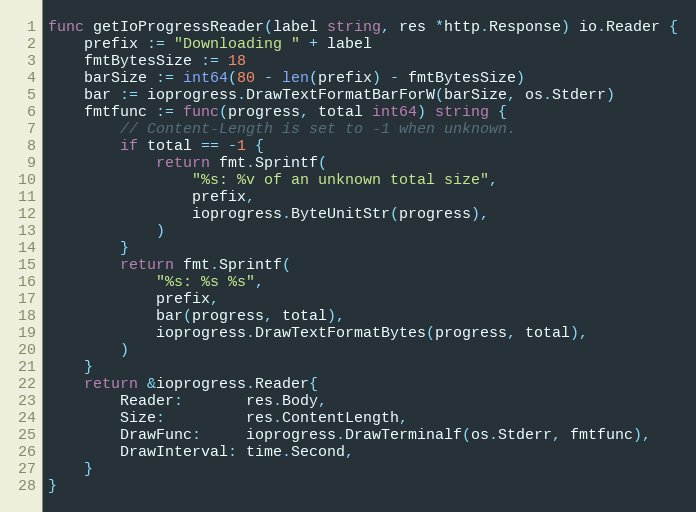
Language: Go
func getIoProgressReader(label string, res *http.Response) io.Reader {
	prefix := "Downloading " + label
	fmtBytesSize := 18
	barSize := int64(80 - len(prefix) - fmtBytesSize)
	bar := ioprogress.DrawTextFormatBarForW(barSize, os.Stderr)
	fmtfunc := func(progress, total int64) string {
		// Content-Length is set to -1 when unknown.
		if total == -1 {
			return fmt.Sprintf(
				"%s: %v of an unknown total size",
				prefix,
				ioprogress.ByteUnitStr(progress),
			)
		}
		return fmt.Sprintf(
			"%s: %s %s",
			prefix,
			bar(progress, total),
			ioprogress.DrawTextFormatBytes(progress, total),
		)
	}
	return &ioprogress.Reader{
		Reader:       res.Body,
		Size:         res.ContentLength,
		DrawFunc:     ioprogress.DrawTerminalf(os.Stderr, fmtfunc),
		DrawInterval: time.Second,
	}
}